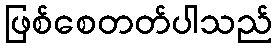
ဖြစ်စေတတ်ပါသည်